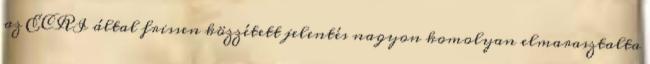
az ECRI által frissen közzétett jelentés nagyon komolyan elmarasztalta